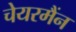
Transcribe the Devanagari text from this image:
चेयरमैंन